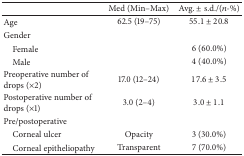
<table><thead><tr><td><b> </b></td><td><b>Med (Min–Max)</b></td><td><b>Avg. ± s.d./(<i>n</i>-%)</b></td></tr></thead><tbody><tr><td>Age</td><td>62.5 (19–75)</td><td>55.1 ± 20.8</td></tr><tr><td>Gender</td><td> </td><td> </td></tr><tr><td> Female</td><td> </td><td>6 (60.0%)</td></tr><tr><td> Male</td><td> </td><td>4 (40.0%)</td></tr><tr><td>Preoperative number of drops (×2)</td><td>17.0 (12–24)</td><td>17.6 ± 3.5</td></tr><tr><td>Postoperative number of drops (×1)</td><td>3.0 (2–4)</td><td>3.0 ± 1.1</td></tr><tr><td>Pre/postoperative</td><td> </td><td> </td></tr><tr><td> Corneal ulcer</td><td>Opacity</td><td>3 (30.0%)</td></tr><tr><td> Corneal epitheliopathy</td><td>Transparent</td><td>7 (70.0%)</td></tr></tbody></table>